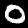
Digit: 0